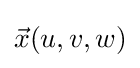
{\vec {x}}(u,v,w)